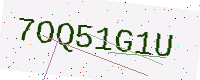
Text: 7OQ51G1U